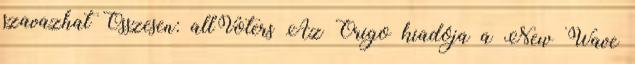
szavazhat Összesen: allVoters Az Origo kiadója a New Wave